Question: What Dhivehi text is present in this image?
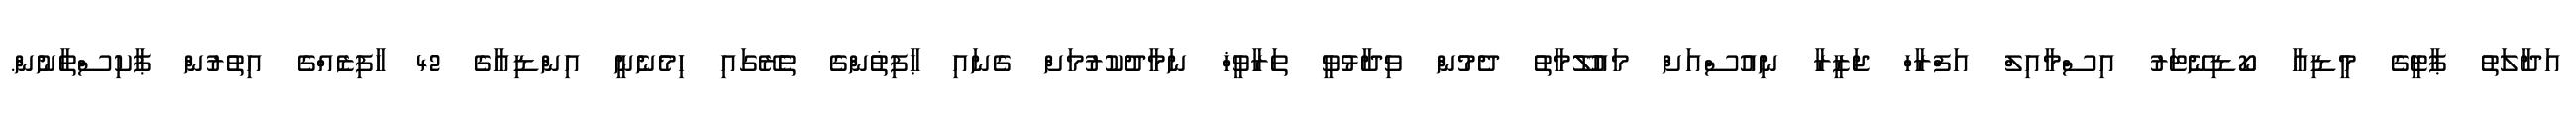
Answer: އަދާލަތު ޕާޓީގެ މީޑިއާ ކޯޑިނޭޓަރު އިސްމާއިލް އަފްރާހް ޖަޒީރާ ނިއުސްއަށް މައުލޫމާތު ދެމުން ވިދާޅުވީ ތަރާވީޚް ނަމާދުކުރުމަށް ގެނައި ޙާފިޡުންގެ ތެރޭގައި ހިމެނެނީ އިންޑިއާގެ 42 ހާފިޒެއްގެ އިތުރުން ޕާކިސްތާނުން.